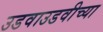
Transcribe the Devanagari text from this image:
उडवाउडवीच्या